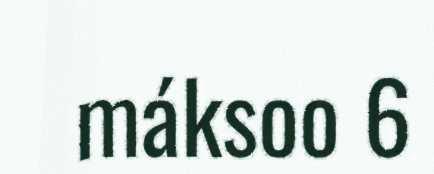
máksoo 6